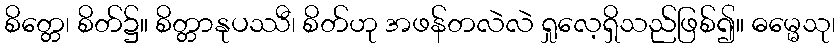
စိတ္တေ၊ စိတ်၌။ စိတ္တာနုပဿီ၊ စိတ်ဟု အဖန်တလဲလဲ ရှုလေ့ရှိသည်ဖြစ်၍။ ဓမ္မေသု၊